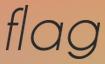
flag